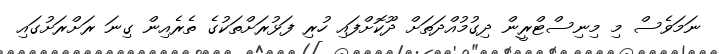
ނަމަވެސް މި މިނިސްޓްރީން ދިގުމުއްދަތަށް ދޫކޮށްފައި ހުރި ފަޅުރަށްތަކުގެ ތެރެއިން ގިނަ ރަށްރަށުގައި